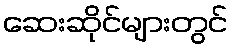
ဆေးဆိုင်များတွင်